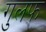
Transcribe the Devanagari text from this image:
गुलफ